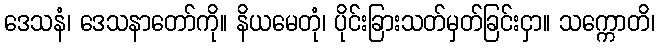
ဒေသနံ၊ ဒေသနာတော်ကို။ နိယမေတုံ၊ ပိုင်းခြားသတ်မှတ်ခြင်းငှာ။ သက္ကောတိ၊